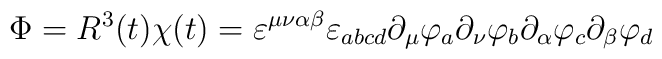
\Phi = R^{3}(t) \chi(t) = \varepsilon^{\mu\nu\alpha\beta}  \varepsilon_{abcd} \partial_{\mu} \varphi_{a} \partial_{\nu} \varphi_{b} \partial_{\alpha}       \varphi_{c} \partial_{\beta} \varphi_{d}